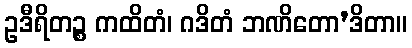
ဥဒီရိတဉ္စ ကထိတံ၊ ဂဒိတံ ဘဏိတော’ဒိတာ။